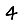
Digit: 4